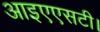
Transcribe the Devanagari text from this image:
आइएएसटी।